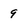
Character: 9